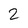
Character: 2